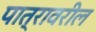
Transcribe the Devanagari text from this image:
पात्रावरील